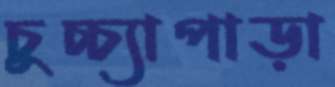
চুচ্চ্যাপাড়া